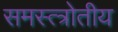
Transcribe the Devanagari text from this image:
समस्त्त्रोतीय